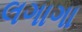
લગાગા